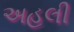
અહલી